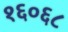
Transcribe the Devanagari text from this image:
१६०६८